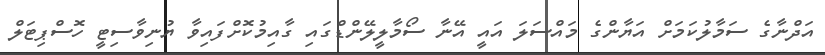
އަދްނާގެ ސަމާލުކަމަށް އަޔާންގެ މައްސަލަ އައީ އޭނާ ސޯމާލީލޭންޑްގައި ގާއިމުކޮށްފައިވާ ޔުނިވާސިޓީ ހޮސްޕިޓަލް